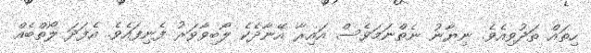
ހިތައް ތަދުވިއެވެ. ނިޔާނު ނެތްނަމަވެސް އައިރާ އޭނާދެކެ ލޯބިވާވަރު ފެނިފައެވެ. އެފަދަ ލޯތްބެއް